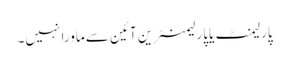
پارلیمنٹ یاپارلیمنٹرین آئین سے ماورا نہیں۔